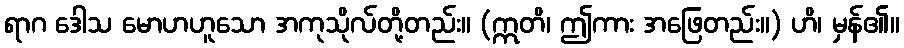
ရာဂ ဒေါသ မောဟဟူသော အကုသိုလ်တို့တည်း။ (ဣတိ၊ ဤကား အဖြေတည်း။) ဟိ၊ မှန်၏။